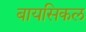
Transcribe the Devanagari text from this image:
बायसिकल